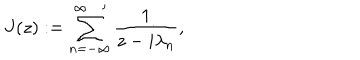
LaTeX: J ( z ) : = \sum _ { n = - \infty } ^ { \infty \, \, \, \, \, \prime } \frac { 1 } { z - i \lambda _ { n } } ,